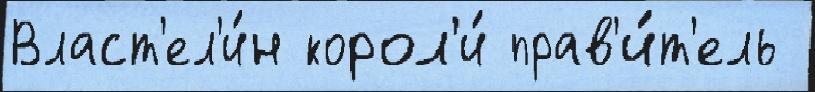
Власт'ел'и́н корол'и́ прав'и́т'ель